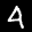
Label: 4